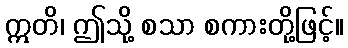
ဣတိ၊ ဤသို့ စသာ စကားတို့ဖြင့်။